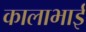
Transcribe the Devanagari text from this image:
कालाभाई